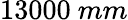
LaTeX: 13000\ mm